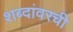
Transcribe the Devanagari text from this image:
शब्दांवरची